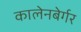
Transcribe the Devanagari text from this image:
कालेनबेर्गर